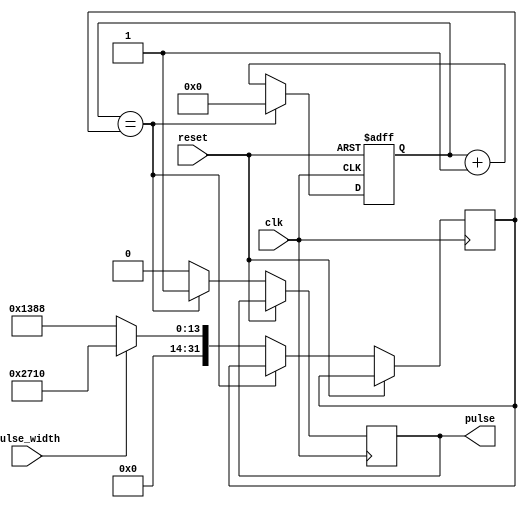
module PulseGenerator(
    input wire clk,
    input wire reset,
    input wire pulse_width,
    output reg pulse
);

reg [31:0] count;
reg [31:0] compare_val;

always @(posedge clk or posedge reset) begin
    if (reset) begin
        count <= 0;
    end else begin
        if (count == compare_val) begin
            pulse <= 1;
            count <= 0;
        end else begin
            if (pulse_width == 1'b1) begin
                compare_val <= 10000; // set pulse width to 10000 clock cycles
            end else begin
                compare_val <= 5000; // set pulse frequency to 5000 clock cycles
            end
            count <= count + 1;
            pulse <= 0;
        end
    end
end

endmodule